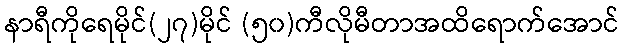
နာရီကိုရေမိုင်(၂၇)မိုင် (၅၀)ကီလိုမီတာအထိရောက်အောင်